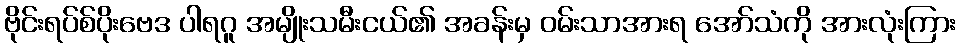
ဗိုင်းရပ်စ်ပိုးဗေဒ ပါရဂူ အမျိုးသမီးငယ်၏ အခန်းမှ ဝမ်းသာအားရ အော်သံကို အားလုံးကြား